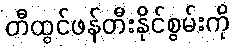
တီထွင်ဖန်တီးနိုင်စွမ်းကို